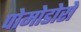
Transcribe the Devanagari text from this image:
पोमोडोरो